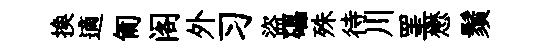
换適匍阁外习盜礧殊待川罣懋鬚